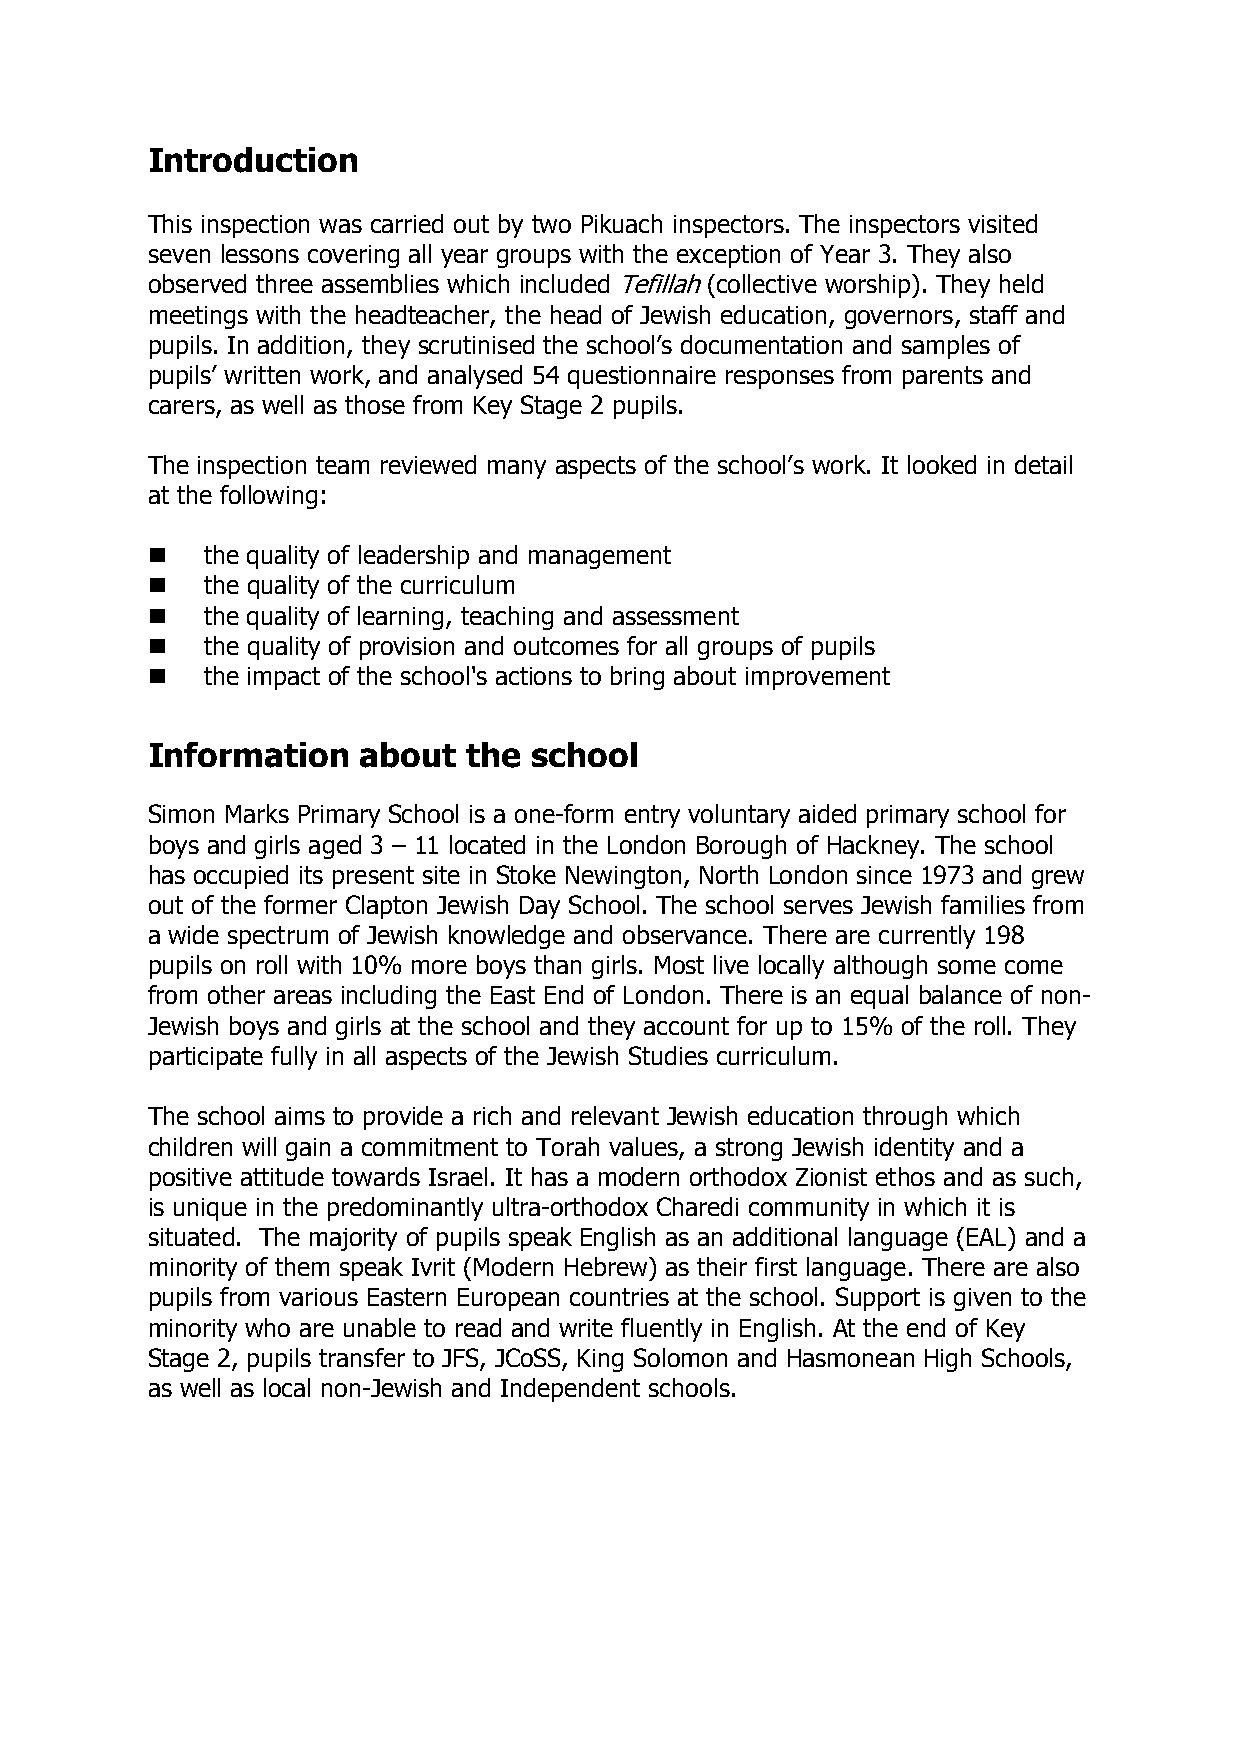
Introduction
 This inspection was carried out by two Pikuach inspectors. The inspectors visited
 seven lessons covering all year groups with the exception of Year 3. They also
 observed three assemblies which included Tefillah (collective worship). They held
 meetings with the headteacher, the head of Jewish education, governors, staff and
 pupils. In addition, they scrutinised the school’s documentation and samples of
 pupils’ written work, and analysed 54 questionnaire responses from parents and
 carers, as well as those from Key Stage 2 pupils.
 The inspection team reviewed many aspects of the school’s work. It looked in detail
 at the following:
    the quality of leadership and management
    the quality of the curriculum
    the quality of learning, teaching and assessment
    the quality of provision and outcomes for all groups of pupils
    the impact of the school's actions to bring about improvement
 Information   about  the school
 Simon Marks Primary School is a one-form entry voluntary aided primary school for
 boys and girls aged 3 – 11 located in the London Borough of Hackney. The school
 has occupied its present site in Stoke Newington, North London since 1973 and grew
 out of the former Clapton Jewish Day School. The school serves Jewish families from
 a wide spectrum of Jewish knowledge and observance. There are currently 198
 pupils on roll with 10% more boys than girls. Most live locally although some come
 from other areas including the East End of London. There is an equal balance of non-
 Jewish boys and girls at the school and they account for up to 15% of the roll. They
 participate fully in all aspects of the Jewish Studies curriculum.
 The school aims to provide a rich and relevant Jewish education through which
 children will gain a commitment to Torah values, a strong Jewish identity and a
 positive attitude towards Israel. It has a modern orthodox Zionist ethos and as such,
 is unique in the predominantly ultra-orthodox Charedi community in which it is
 situated. The majority of pupils speak English as an additional language (EAL) and a
 minority of them speak Ivrit (Modern Hebrew) as their first language. There are also
 pupils from various Eastern European countries at the school. Support is given to the
 minority who are unable to read and write fluently in English. At the end of Key
 Stage 2, pupils transfer to JFS, JCoSS, King Solomon and Hasmonean High Schools,
 as well as local non-Jewish and Independent schools.